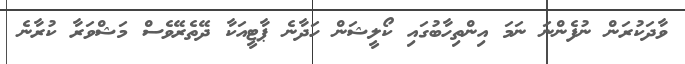
ވާދަކުރަން ނުފެންނަ ނަމަ އިންތިހާބުގައި ކޯލީޝަން ހަދާނެ ޕާޓީއަކާ ދޭތެރޭވެސް މަޝްވަރާ ކުރާނެ